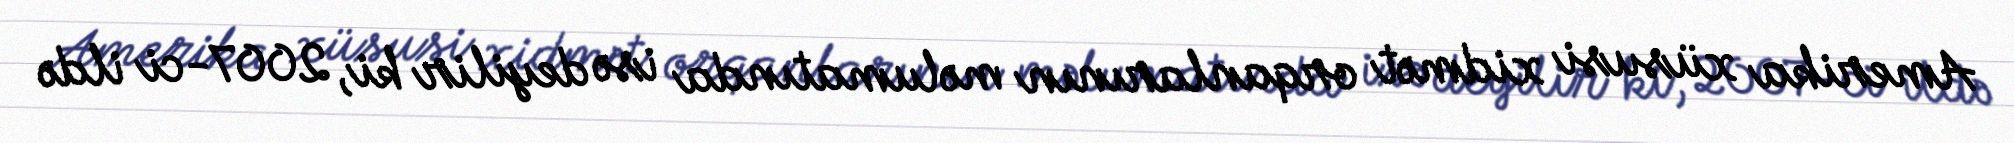
Amerika xüsusi xidmət orqanlarının məlumatında isə deyilir ki, 2007-ci ildə